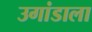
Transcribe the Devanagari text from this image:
उगांडाला